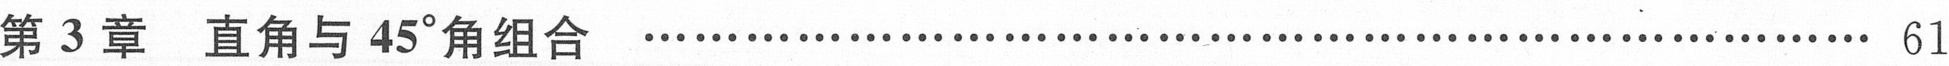
第 3 章 \quad 直角与 \(45^{\circ}\)角组合 \quad\dotfill 61